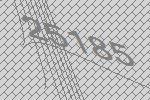
25185